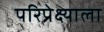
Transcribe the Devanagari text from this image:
परिप्रेक्ष्याला